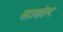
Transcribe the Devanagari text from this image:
साउथवेस्‍ट